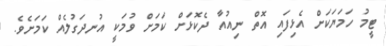
ޓީމު ހަމަޔަކަށް އެޅިފައި އޮތް ނިއުއާ ދެކޮޅަށް ކަމަށް ވުމަކީ އުނދަގުލެއް ކަމަށެވެ.